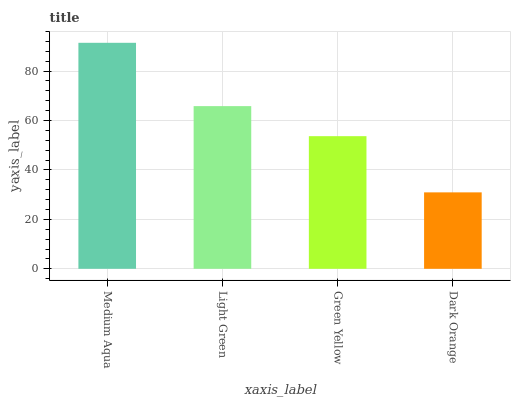
| xaxis_label | bars |
 | --- | --- |
 | Medium Aqua | 91.5 |
 | Light Green | 65.8 |
 | Green Yellow | 53.7 |
 | Dark Orange | 30.9 |